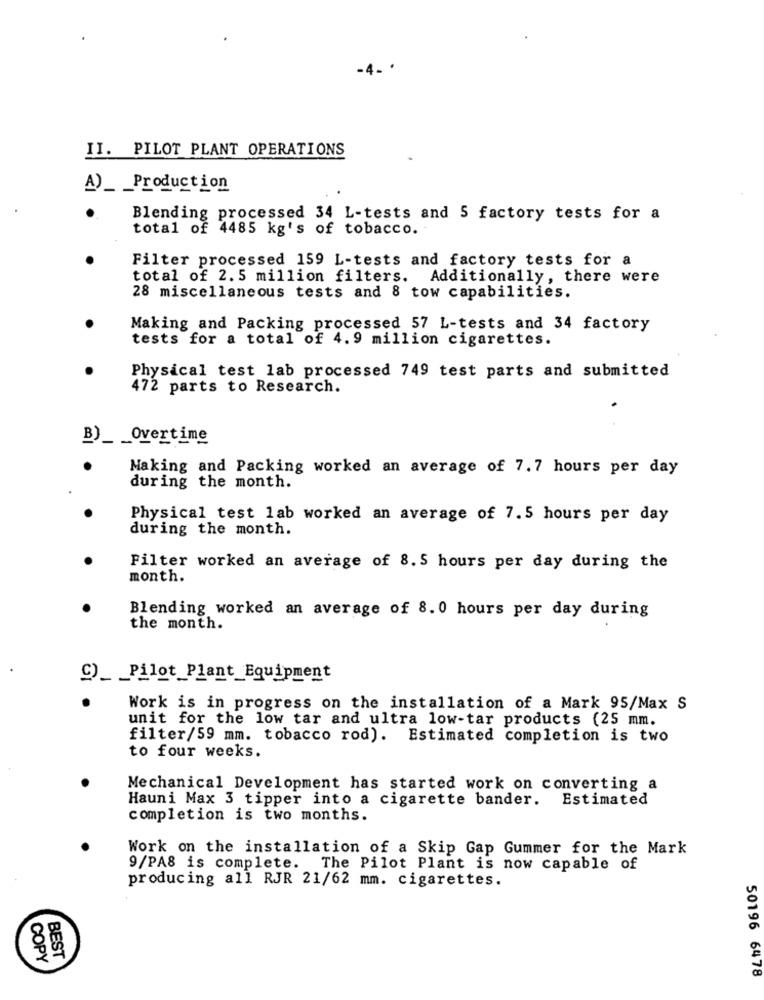
II. PILOT PLANT OPERATIONS
A)_ _ Production
Blending processed 34 L-tests and 5 factory tests for a
total of 4485 kg's of tobacco.
Filter processed 159 L-tests and factory tests for a
total of 2.5 million filters. Additionally, there were
28 miscellaneous tests and 8 tow capabilities.
Making and Packing processed 57 L-tests and 34 factory
tests for a total of 4. 9 million cigarettes.
Physical test lab processed 749 test parts and submitted
472 parts to Research.
B)_ _ Overtime
Making and Packing worked an average of 7.7 hours per day
during the month.
Physical test lab worked an average of 7.5 hours per day
during the month.
Filter worked an average of 8. 5 hours per day during the
month.
Blending worked an average of 8. 0 hours per day during
the month.
C)_ _ Pilot_Plant_Equipment
Work is in progress on the installation of a Mark 95/Max S
unit for the low tar and ultra low-tar products (25 mm.
filter/59 mm. tobacco rod). Estimated completion is two
to four weeks.
Mechanical Development has started work on converting a
Hauni Max 3 tipper into a cigarette bander. Estimated
completion is two months.
Work on the installation of a Skip Gap Gummer for the Mark
9/PA8 is complete. The Pilot Plant is now capable of
producing all RJR 21/62 mm. cigarettes.
COPY
BEST
50196 6478